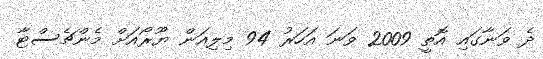
ދެ ވަނާގައި އޮތީ 2009 ވަނަ އަހަރު 94 މިލިއަން ޔޫރޯއަށް މެންޗެސްޓާ